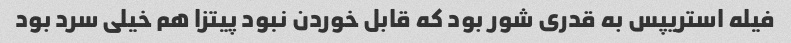
فیله استریپس به قدری شور بود که قابل خوردن نبود پیتزا هم خیلی سرد بود